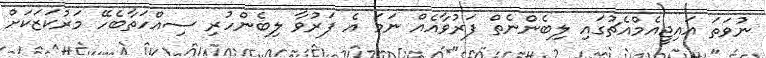
ނުވަތަ އައިޖީއެމްއެޗުގައި ލިބެންނެތް ފަރުވާއެއް ނަމަ އެ ފަރުވާ ލިބެންހުރި ސިއްހަތާބެހޭ މަރުކަޒަކަށް